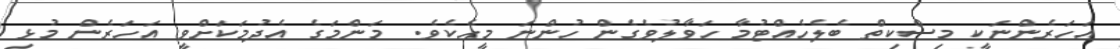
އަހަރެންނަކީ މިސްކިތް ބެލެހެއްޓުމާ ހަވާލުވެގެން ހުންނަ މީހެކެވެ. މަންމަގެ އެދުމަކަށްވީ އަހަރެން މުޅި